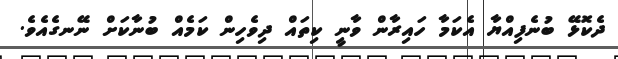
ދެކޮޅޭ ބުނެފިއްޔާ އެކަމާ ހައިރާން ވާނީ ކިތައް ދިވެހިން ކަމެއް ބުނާކަށް ނޭނގެއެވެ.